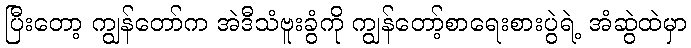
ပြီးတော့ ကျွန်တော်က အဲဒီသံဗူးခွံကို ကျွန်တော့်စာရေးစားပွဲရဲ့ အံဆွဲထဲမှာ